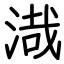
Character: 渽